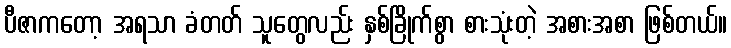
ပီဇာကတော့ အရသာ ခံတတ် သူတွေလည်း နှစ်ခြိုက်စွာ စားသုံးတဲ့ အစားအစာ ဖြစ်တယ်။